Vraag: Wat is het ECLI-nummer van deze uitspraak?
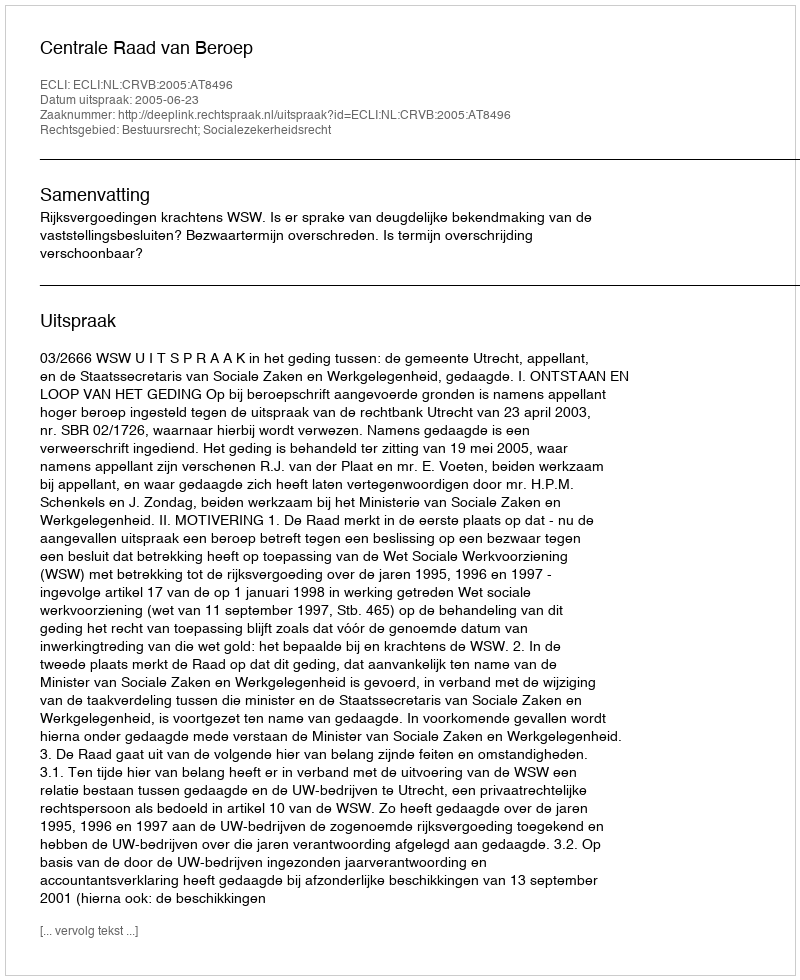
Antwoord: ECLI:NL:CRVB:2005:AT8496